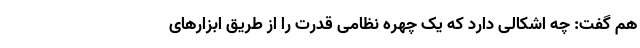
هم گفت: چه اشکالی دارد که یک چهره نظامی قدرت را از طریق ابزارهای